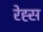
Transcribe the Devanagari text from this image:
रेह्स